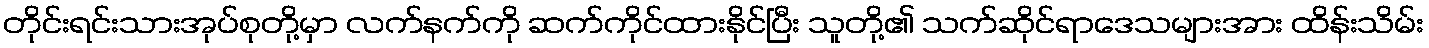
တိုင်းရင်းသားအုပ်စုတို့မှာ လက်နက်ကို ဆက်ကိုင်ထားနိုင်ပြီး သူတို့၏ သက်ဆိုင်ရာဒေသများအား ထိန်းသိမ်း